Lunatic asylums in Bengal annual reports 1888-1898 - 1888-1898
Year: 1888
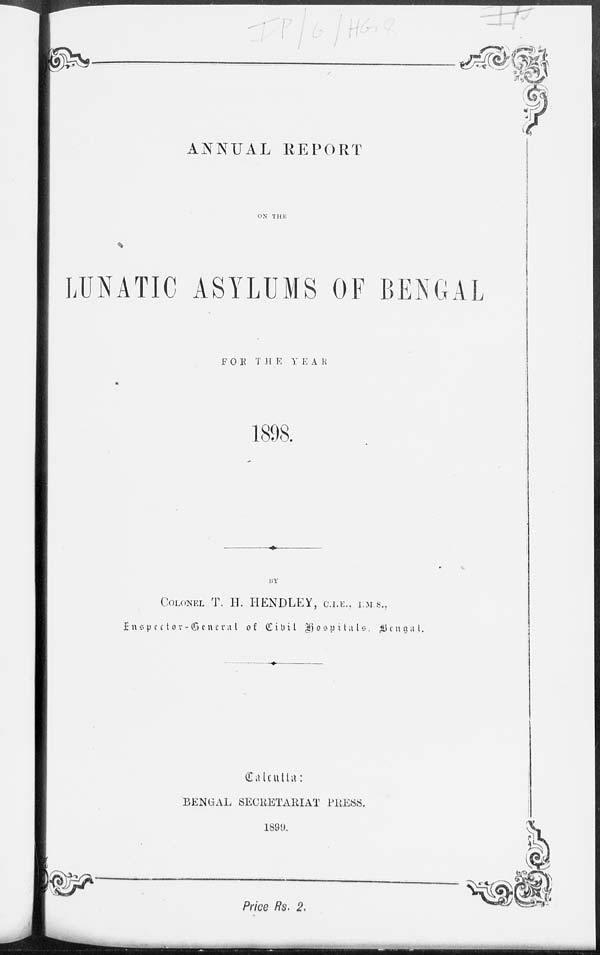
ANNUAL REPORT
ON THE
LUNATIC ASYLUMS OF BENGAL
FOR THE YEAR
1898.
BY
COLONEL T. H. HENDLEY, C.I.E., I.M.S.,
Inspector-General of Civil Hospitals, Bengal.
Calcutta:
BENGAL SECRETARIAT PRESS.
1899.
Price Rs. 2.